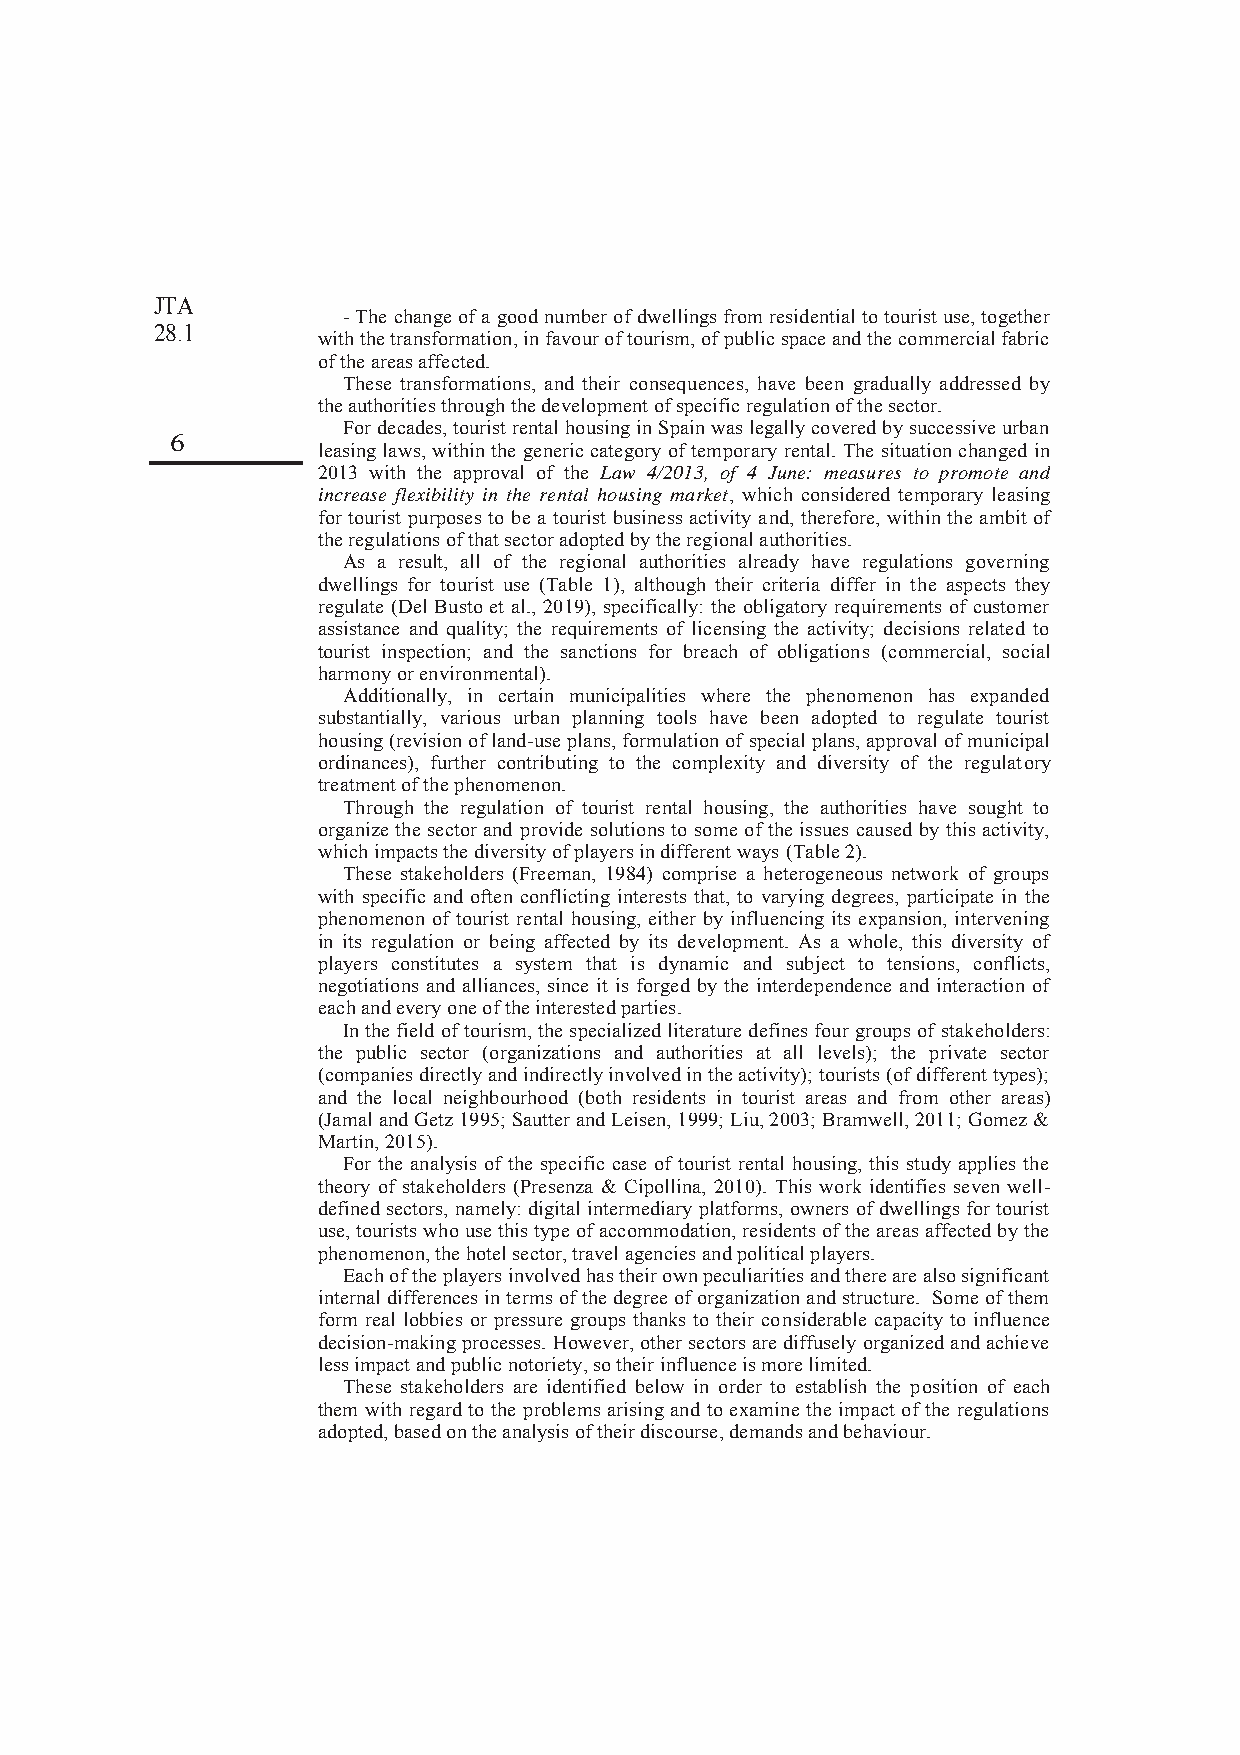
JTA
 -The change of a good number of dwellings from residential to tourist use, together
 28.1
 with the transformation, in favour of tourism, of public space and the commercial fabric
 of the areas affected.
 These transformations, and their consequences, have been gradually addressed by
 the authorities through the development of specific regulation of the sector.
 For decades, tourist rental housing in Spain was legally covered by successive urban
 6
 leasing laws, within the generic category of temporary rental. The situation changed in
 2013 with the approval of the Law 4/2013, of 4 June: measures to promote and
 increase flexibility in the rental housing market, which considered temporary leasing
 for tourist purposes to be a tourist business activity and, therefore, within the ambit of
 the regulations of that sector adopted by the regional authorities.
 As a result, all of the regional authorities already have regulations governing
 dwellings for tourist use (Table 1), although their criteria differ in the aspects they
 regulate (Del Busto et al., 2019), specifically: the obligatory requirements of customer
 assistance and quality; the requirements of licensing the activity; decisions related to
 tourist inspection; and the sanctions for breach of obligations (commercial, social
 harmony or environmental).
 Additionally, in certain municipalities where the phenomenon has expanded
 substantially, various urban planning tools have been adopted to regulate tourist
 housing (revision of land-use plans, formulation of special plans, approval of municipal
 ordinances), further contributing to the complexity and diversity of the regulatory
 treatment of the phenomenon.
 Through the regulation of tourist rental housing, the authorities have sought to
 organize the sector and provide solutions to some of the issues caused by this activity,
 which impacts the diversity of players in different ways (Table 2).
 These stakeholders (Freeman, 1984) comprise a heterogeneous network of groups
 with specific and often conflicting interests that, to varying degrees, participate in the
 phenomenon of tourist rental housing, either by influencing its expansion, intervening
 in its regulation or being affected by its development. As a whole, this diversity of
 players constitutes a system that is dynamic and subject to tensions, conflicts,
 negotiations and alliances, since it is forged by the interdependence and interaction of
 each and every one of the interested parties.
 In the field of tourism, the specialized literature defines four groups of stakeholders:
 the public sector (organizations and authorities at all levels); the private sector
 (companies directly and indirectly involved in the activity); tourists (of different types);
 and the local neighbourhood (both residents in tourist areas and from other areas)
 (Jamal and Getz 1995; Sautter and Leisen, 1999; Liu, 2003; Bramwell, 2011; Gomez &
 Martín, 2015).
 For the analysis of the specific case of tourist rental housing, this study applies the
 theory of stakeholders (Presenza & Cipollina, 2010). This work identifies seven well-
 defined sectors, namely: digital intermediary platforms, owners of dwellings for tourist
 use, tourists who use this type of accommodation, residents of the areas affected by the
 phenomenon, the hotel sector, travel agencies and political players.
 Each of the players involved has their own peculiarities and there are also significant
 internal differences in terms of the degree of organization and structure. Some of them
 form real lobbies or pressure groups thanks to their considerable capacity to influence
 decision-making processes. However, other sectors are diffusely organized and achieve
 less impact and public notoriety, so their influence is more limited.
 These stakeholders are identified below in order to establish the position of each
 them with regard to the problems arising and to examine the impact of the regulations
 adopted, based on the analysis of their discourse, demands and behaviour.